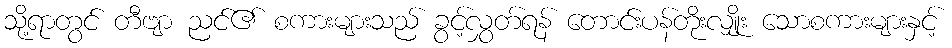
သို့ရာတွင် တီဗျာ ညင်၏ စကားများသည် ခွင့်လွှတ်ရန် တောင်းပန်တိုးလျှိုး သောစကားများနှင့်